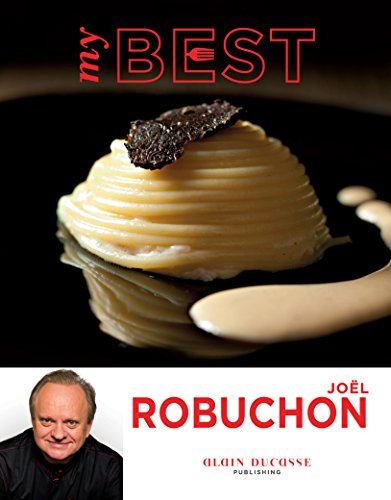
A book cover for My Best: JoÃ«l Robuchon; JoÃ«l Robuchon; Cookbooks, Food & Wine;